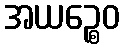
အယဉ္စေဝ